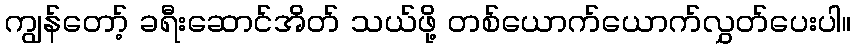
ကျွန်တော့် ခရီးဆောင်အိတ် သယ်ဖို့ တစ်ယောက်ယောက်လွှတ်ပေးပါ။